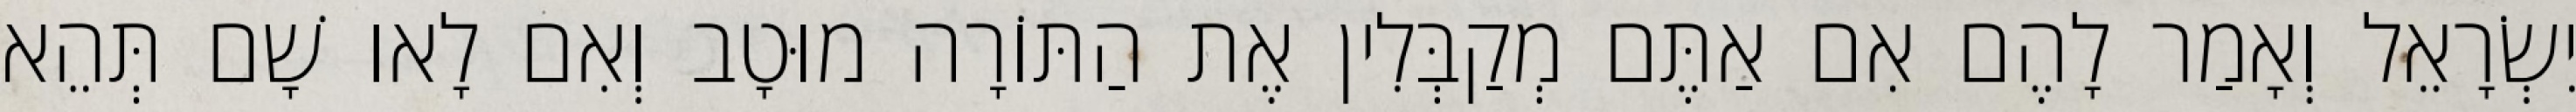
יִשְׂרָאֵל וְאָמַר לָהֶם אִם אַתֶּם מְקַבְּלִין אֶת הַתּוֹרָה מוּטָב וְאִם לָאו שָׁם תְּהֵא